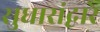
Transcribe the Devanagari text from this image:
सुधारांद्वारे